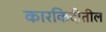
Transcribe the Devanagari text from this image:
कारकिदीतील